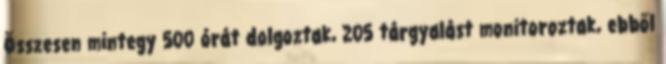
Összesen mintegy 500 órát dolgoztak, 205 tárgyalást monitoroztak, ebből